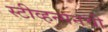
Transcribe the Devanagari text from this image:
स्टीव्हन्‍सनची